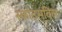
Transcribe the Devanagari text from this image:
स्कॉट्सविल